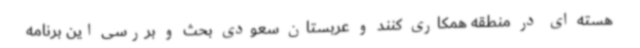
هسته ای در منطقه همکاری کنند و عربستان سعودی بحث و بررسی این برنامه